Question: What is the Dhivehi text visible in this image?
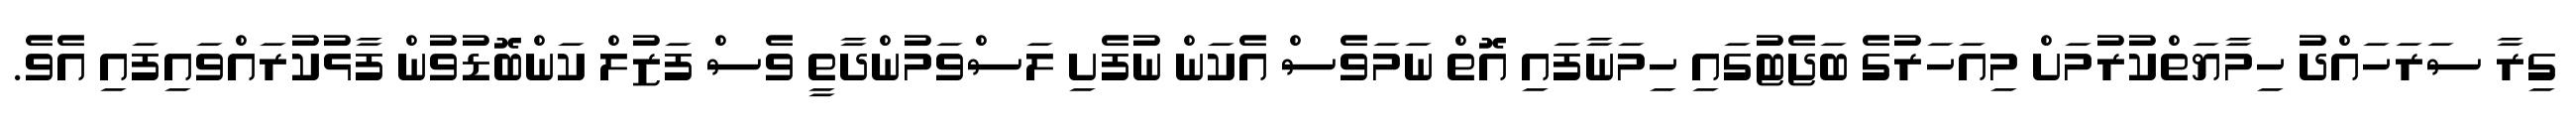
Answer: ގިރާ ސަރަހައްދު ހިމާޔަތްކުރުމަށް މިއަހަރުގެ ބަޖެޓުގައި ހިމަނާފައި އޮތް ނަމަވެސް އެކަން ނުފެށި ލަސްވަމުންދާތީ ވެސް ފަޒުލް ކަންބޮޑުވުން ފާޅުކުރައްވައިފައި އެވެ.